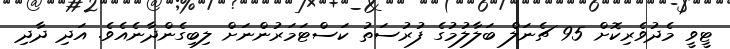
ޓީވީ މެދުވެރިކޮށް 95 ޗެނަލް ބަލާލުމުގެ ފުރުސަތު ކަސްޓަމަރުންނަށް ލިބިގެންދާނެއެވެ. އަދި ދާދި